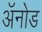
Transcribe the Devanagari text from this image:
अॅनोड